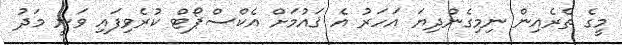
މީގެ ތެރެއިން ނިމިގެންދިޔަ އަހަރު އެ ޤައުމަށް އެކްސްޕޯޓް ކުރެވިފައި ވަނީ މަދު